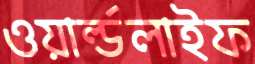
ওয়ার্ল্ডলাইফ